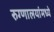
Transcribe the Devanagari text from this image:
रुग्णालयांमध्ये